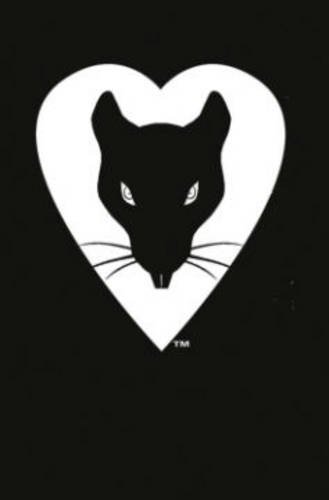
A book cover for Rat Queens Deluxe Edition Volume 1 (Rat Queens Deluxe Hc); Kurtis J. Wiebe; Comics & Graphic Novels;